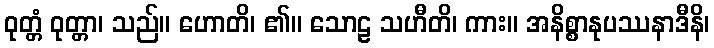
ဝုတ္တံ ဝုတ္တာ၊ သည်။ ဟောတိ၊ ၏။ သောဠ သဟီတိ၊ ကား။ အနိစ္စာနုပဿနာဒီနိ၊